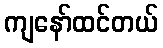
ကျနော်ထင်တယ်